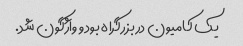
یک کامیون در بزرگراه بود و واژگون شد.